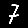
Digit: 7